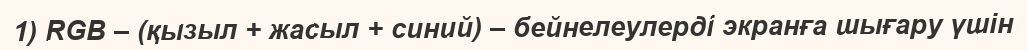
1) RGB – (қызыл + жасыл + синий) – бейнелеулерді экранға шығару үшін